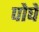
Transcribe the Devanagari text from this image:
पोघे